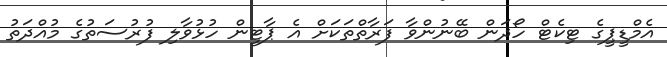
އެމްޑީޕީގެ ޓިކެޓް ހޯދަން ބޭނުންވާ ފަރާތްތަކަށް އެ ޕާޓީން ހުޅުވާލި ފުރުސަތުގެ މުއްދަތު